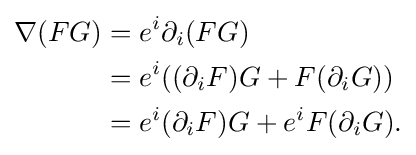
{\begin{aligned}\nabla (FG)&=e^{i}\partial _{i}(FG)\\&=e^{i}((\partial _{i}F)G+F(\partial _{i}G))\\&=e^{i}(\partial _{i}F)G+e^{i}F(\partial _{i}G).\end{aligned}}